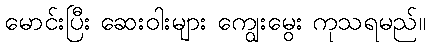
မောင်းပြီး ဆေးဝါးများ ကျွေးမွေး ကုသရမည်။